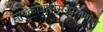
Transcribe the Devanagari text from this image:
मायक्रोप्रोसेसरप्रमाणेच